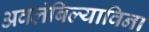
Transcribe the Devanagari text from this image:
अवलंबिल्याविना